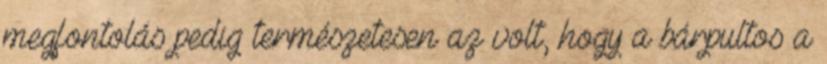
megfontolás pedig természetesen az volt, hogy a bárpultos a